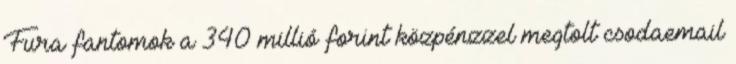
Fura fantomok a 340 millió forint közpénzzel megtolt csodaemail